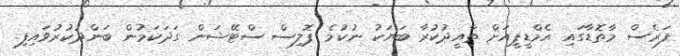
ފަރެސް މާތޮޑާގައި އެމްޑީޕީއަށް ތާއީދުކުރާ ބަޔަކު ނުކުމެ ޕޮލިސް ސްޓޭޝަން ގަދަކަމުން ބަންދުކުރުވައިފި.